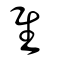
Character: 隹